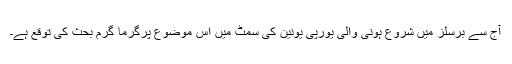
آج سے برسلز میں شروع ہونی والی یورپی یونین کی سمٹ میں اس موضوع پرگرما گرم بحث کی توقع ہے۔